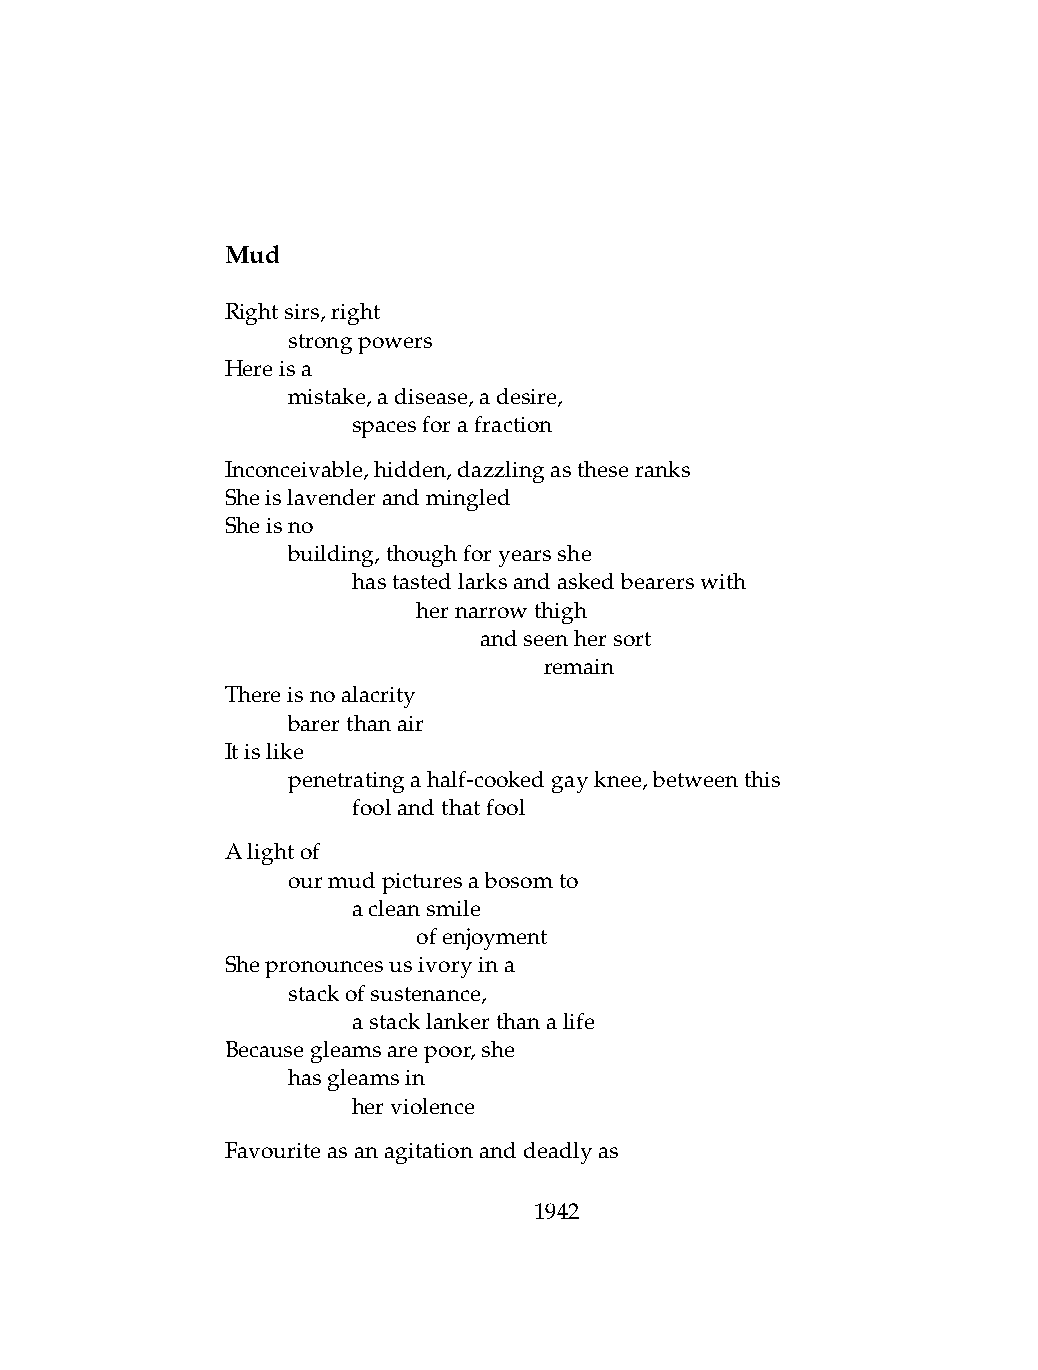
Mud
 Rightsirs,right
 .   strongpowers
 Hereisa
 .   mistake,adisease,adesire,
 .   .   spacesforafraction
 Inconceivable,hidden,dazzlingastheseranks
 Sheislavenderandmingled
 Sheisno
 .   building,thoughforyearsshe
 .   .   hastastedlarksandaskedbearerswith
 .   .   .    hernarrowthigh
 .   .   .    .   andseenhersort
 .   .   .    .   .   remain
 Thereisnoalacrity
 .   barerthanair
 Itislike
 .   penetratingahalf-cookedgayknee,betweenthis
 .   .   foolandthatfool
 Alightof
 .   ourmudpicturesabosomto
 .   .   acleansmile
 .   .   .    ofenjoyment
 Shepronouncesusivoryina
 .   stackofsustenance,
 .   .   astacklankerthanalife
 Becausegleamsarepoor,she
 .   hasgleamsin
 .   .   herviolence
 Favouriteasanagitationanddeadlyas
 1942